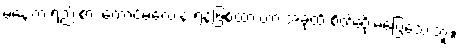
မနေ့က ရည်းစား ကောင်မလေးနဲ့ ရန်ဖြစ်ထားတာ အခုထိ စိတ်ဆိုးမပြေသေးဘူး။